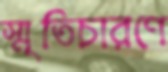
স্মৃতিচারণে